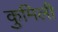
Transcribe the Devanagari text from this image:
कुमिली